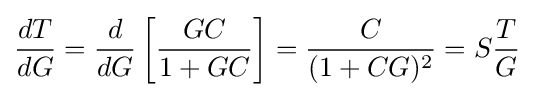
{\frac {dT}{dG}}={\frac {d}{dG}}\left[{\frac {GC}{1+GC}}\right]={\frac {C}{(1+CG)^{2}}}=S{\frac {T}{G}}